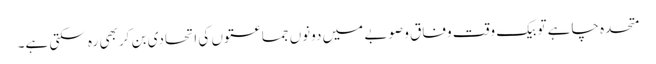
متحدہ چاہے تو بیک وقت وفاق و صوبے میں دونوں جماعتوں کی اتحادی بن کر بھی رہ سکتی ہے۔